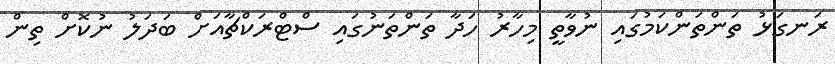
ރަނގަޅު ތަންތަންކަމުގައި ނުވާތީ މިހާރު ހަދާ ތަންތަނުގައި ސްޓްރަކްޗާއަށް ބަދަލު ނުކޮށް ތިން